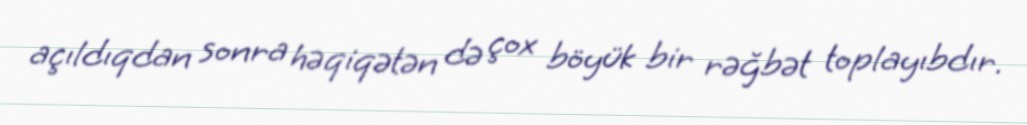
açıldıqdan sonra həqiqətən də çox böyük bir rəğbət toplayıbdır.